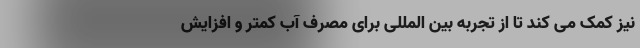
نیز کمک می کند تا از تجربه بین المللی برای مصرف آب کمتر و افزایش